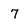
Character: 7